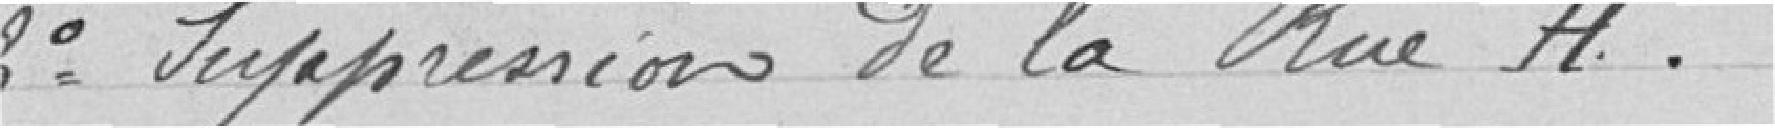
3° Suppression de la Rue H.